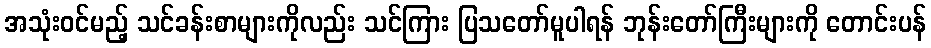
အသုံးဝင်မည့် သင်ခန်းစာများကိုလည်း သင်ကြား ပြသတော်မူပါရန် ဘုန်းတော်ကြီးများကို တောင်းပန်